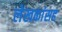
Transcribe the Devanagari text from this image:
लेखकांसह